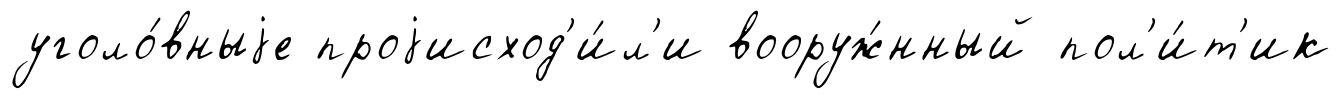
уголо́вныjе проjисход'и́л'и вооруж́нный пол'и́т'ик